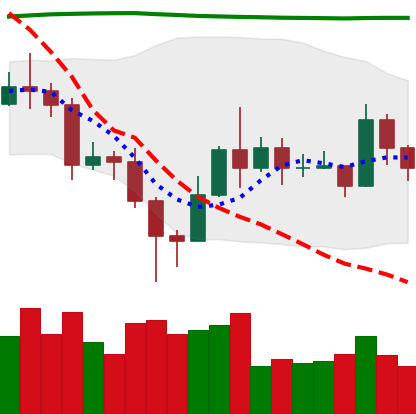
Ticker: EOS-USD
Chart end date: 2020-11-15
Forward return: 11.117%
Label: up_7plus